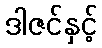
ဒါဇင်နှင့်